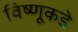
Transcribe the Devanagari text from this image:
विष्णूकडे